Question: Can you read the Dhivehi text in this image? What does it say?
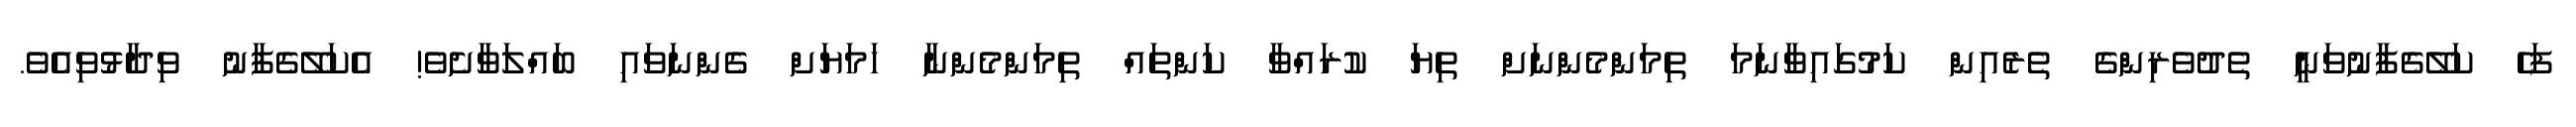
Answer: ފަހެ ކަލޭގެފާނުވަނީ ތެދުވެރިންގެ ތެރެއިން ކަމުގައިވާނަމަ ތިމަންމެންނަށް ތިޔަ ކުރައްވާ ކަންތައް ތިމަންމެންނާ ހަމަޔަށް ގެންނަވައި ބައްލަވާށެވެ! އެކަލޭގެފާނު ވިދާޅުވިއެވެ.